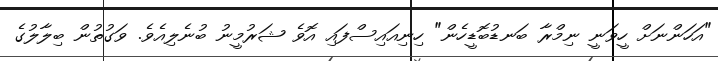
"އަހަންނަށް ހީވަނީ ނިމްރާ ބަނޑުބޮޑީހެން" ހިނިއައިސްފައި އޮވެ ޝަރުމީނު ބުނެލިއެވެ. ވަގުތުން ބިލާލުގެ